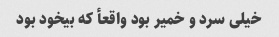
خیلى سرد و خمیر بود واقعأ که بیخود بود